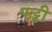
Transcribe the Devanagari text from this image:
फट्टी